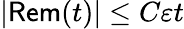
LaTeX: |\mathsf{Rem}(t)|\leq C\varepsilon t